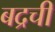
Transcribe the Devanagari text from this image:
बद्रची